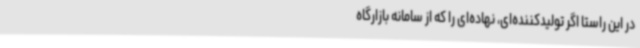
در این راستا اگر تولیدکننده‌ای، نهاده‌ای را که از سامانه بازارگاه